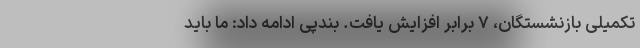
تکمیلی بازنشستگان، ۷ برابر افزایش یافت. بندپی ادامه داد: ما باید